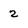
Character: 2